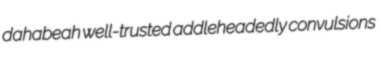
dahabeah well-trusted addleheadedly convulsions